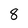
Character: 8